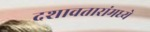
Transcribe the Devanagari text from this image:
दशावतारांमध्ये